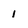
Character: 1